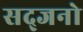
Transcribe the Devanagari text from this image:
सद्जनो